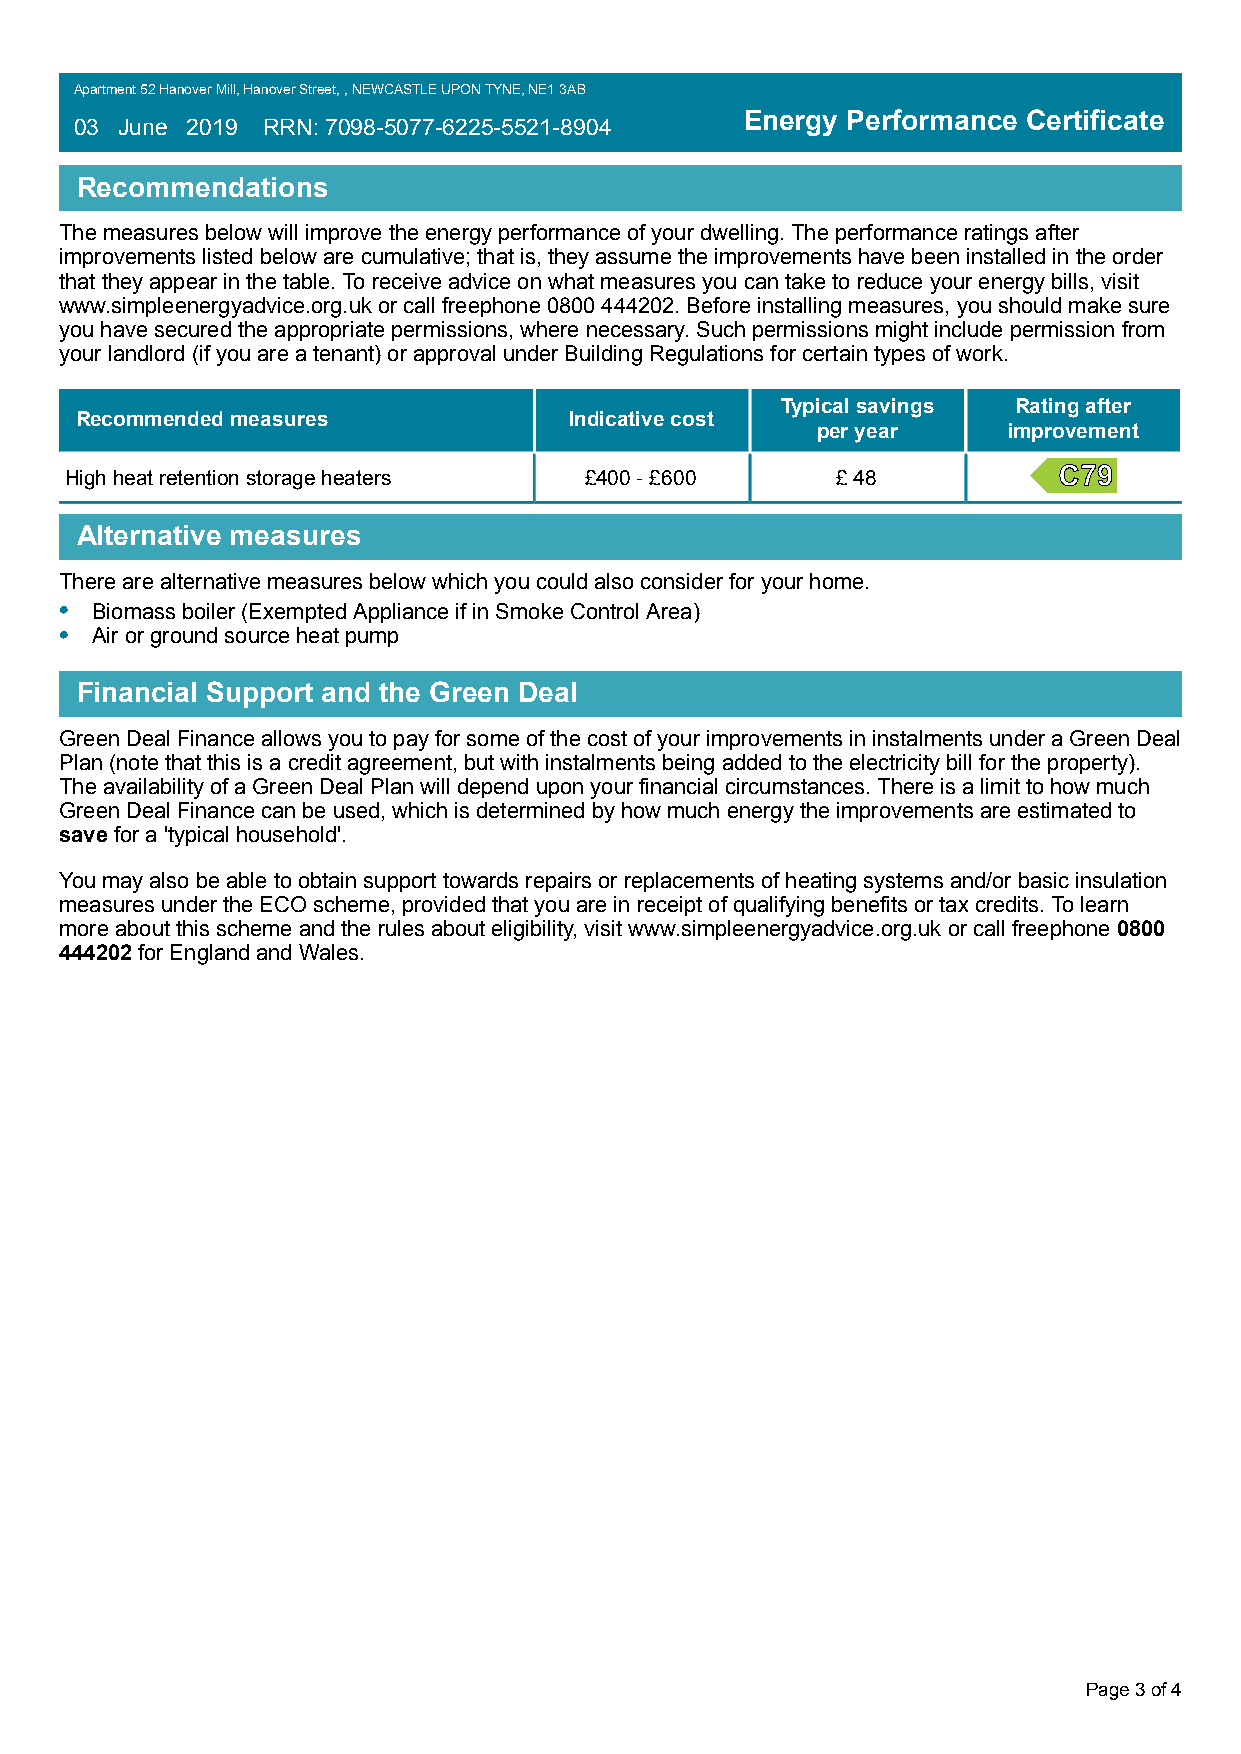
Apartment 52 Hanover Mill, Hanover Street, , NEWCASTLE UPON TYNE, NE1 3AB
 Energy Performance Certificate
 03 June 2019 RRN: 7098-5077-6225-5521-8904
 Recommendations
 The measures below will improve the energy performance of your dwelling. The performance ratings after
 improvements listed below are cumulative; that is, they assume the improvements have been installed in the order
 that they appear in the table. To receive advice on what measures you can take to reduce your energy bills, visit
 www.simpleenergyadvice.org.uk or call freephone 0800 444202. Before installing measures, you should make sure
 you have secured the appropriate permissions, where necessary. Such permissions might include permission from
 your landlord (if you are a tenant) or approval under Building Regulations for certain types of work.
 Typical savings Rating after
 Recommended measures             Indicative cost
 per year     improvement
 High heat retention storage heaters £400 - £600    £ 48
 Alternative measures
 There are alternative measures below which you could also consider for your home.
 • Biomass boiler (Exempted Appliance if in Smoke Control Area)
 • Air or ground source heat pump
 Financial Support and the Green Deal
 Green Deal Finance allows you to pay for some of the cost of your improvements in instalments under a Green Deal
 Plan (note that this is a credit agreement, but with instalments being added to the electricity bill for the property).
 The availability of a Green Deal Plan will depend upon your financial circumstances. There is a limit to how much
 Green Deal Finance can be used, which is determined by how much energy the improvements are estimated to
 save for a 'typical household'.
 You may also be able to obtain support towards repairs or replacements of heating systems and/or basic insulation
 measures under the ECO scheme, provided that you are in receipt of qualifying benefits or tax credits. To learn
 more about this scheme and the rules about eligibility, visit www.simpleenergyadvice.org.uk or call freephone 0800
 444202 for England and Wales.
 Page 3 of 4